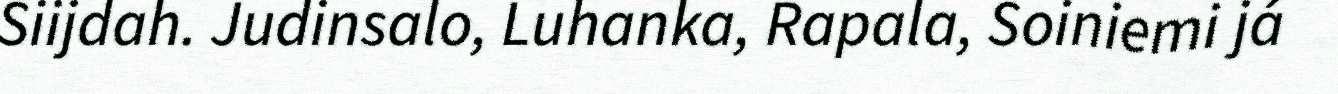
Siijdah. Judinsalo, Luhanka, Rapala, Soiniemi já